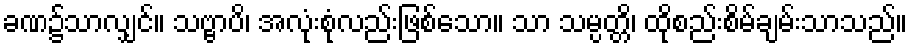
ခဏ၌သာလျှင်။ သဗ္ဗာပိ၊ အလုံးစုံလည်းဖြစ်သော။ သာ သမ္ပတ္တိ၊ ထိုစည်းစိမ်ချမ်းသာသည်။